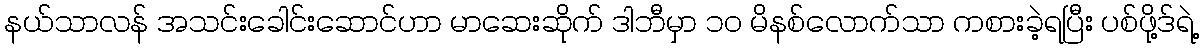
နယ်သာလန် အသင်းခေါင်းဆောင်ဟာ မာဆေးဆိုက် ဒါဘီမှာ ၁၀ မိနစ်လောက်သာ ကစားခဲ့ရပြီး ပစ်ဖို့ဒ်ရဲ့